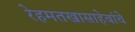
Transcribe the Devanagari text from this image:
रेहमतखासाहेबांचे